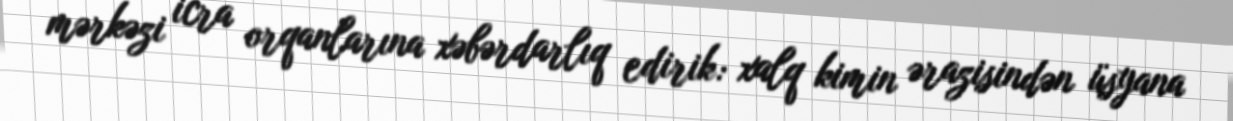
mərkəzi icra orqanlarına xəbərdarlıq edirik: xalq kimin ərazisindən üsyana